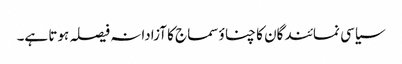
سیاسی نمائندگان کا چناؤ سماج کا آزادانہ فیصلہ ہوتا ہے۔